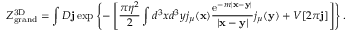
{ \cal Z } _ { \mathrm { g r a n d } } ^ { \mathrm { 3 D } } = \int { \cal D } { \bf j } \exp \left\{ - \left[ \frac { \pi \eta ^ { 2 } } { 2 } \int d ^ { 3 } x d ^ { 3 } y j _ { \mu } ( { \bf x } ) \frac { \mathrm { e } ^ { - m | { \bf x } - { \bf y } | } } { | { \bf x } - { \bf y } | } j _ { \mu } ( { \bf y } ) + V [ 2 \pi { \bf j } ] \right] \right\} .